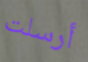
أرسلت